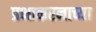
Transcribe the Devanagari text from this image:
प्रभाकरनाच्या